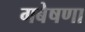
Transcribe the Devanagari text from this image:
गबेषणा